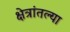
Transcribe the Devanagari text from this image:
क्षेत्रांतल्या